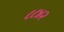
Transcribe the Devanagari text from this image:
८८४२